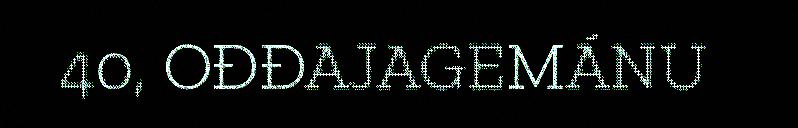
40, OĐĐAJAGEMÁNU